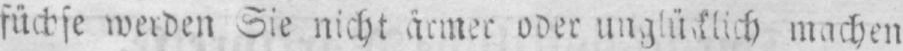
machen